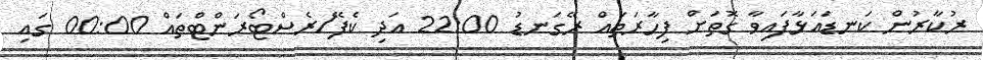
ރުކާރުން ކަނޑައަޅާފައިވާ ގޮތަށް ފިހާރަތައް ރޭގަނޑު 22:00 އަދި ކެފޭ/ރެސްޓޯރަންޓްތައް 00:00 ގައި